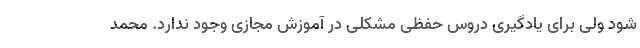
شود ولی برای یادگیری دروس حفظی مشکلی در آموزش مجازی وجود ندارد. محمد